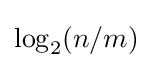
{\textstyle \log _{2}(n/m)}